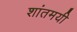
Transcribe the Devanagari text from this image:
शांतमयी